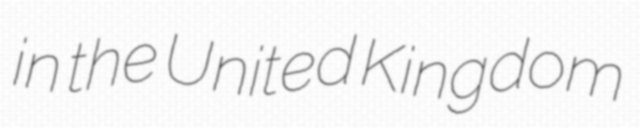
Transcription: in the United Kingdom